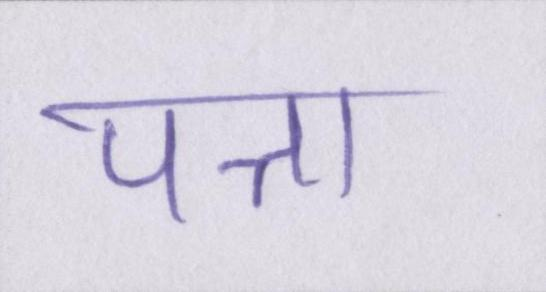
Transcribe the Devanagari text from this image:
पत्ता